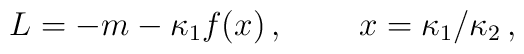
L = - m - \kappa_1 f ( x )\,, \;\;\;\;\;\;\;\;x = \kappa_1 /\kappa_2 \,,